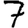
Digit: 7